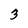
Character: 3